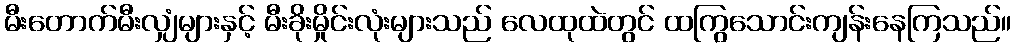
မီးတောက်မီးလျှံများနှင့် မီးခိုးမှိုင်းလုံးများသည် လေထုထဲတွင် ထကြွသောင်းကျန်းနေကြသည်။